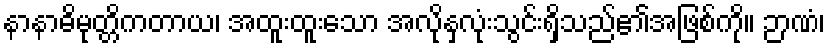
နာနာဓိမုတ္တိကတာယ၊ အထူးထူးသော အလိုနှလုံးသွင်းရှိသည်၏အဖြစ်ကို။ ဉာဏံ၊